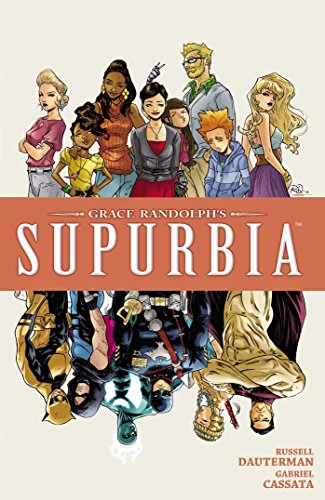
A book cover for Grace Randolph's Supurbia Vol. 4; Grace Randolph; Comics & Graphic Novels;